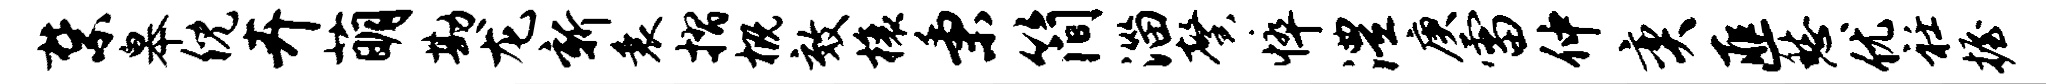
禁皋倪卉萌勘龙新衰摺概效榱秉简淄馨悴澧庚雷仲奕匪愁优衽握